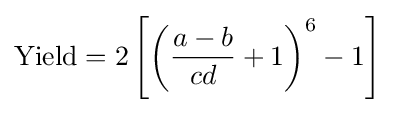
\mathrm {Yield} =2\left[\left({\frac {a-b}{cd}}+1\right)^{6}-1\right]